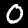
Digit: 0